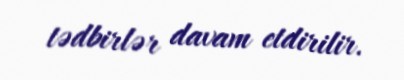
tədbirlər davam etdirilir.